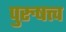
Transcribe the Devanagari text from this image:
पुरुषत्त्व